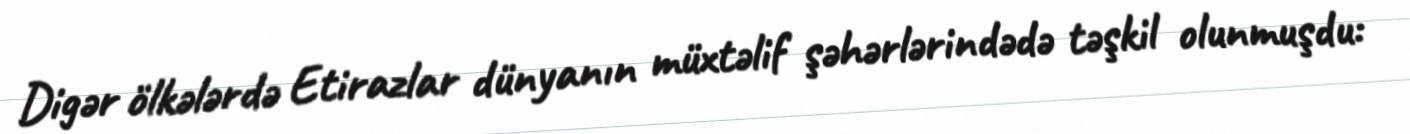
Digər ölkələrdə Etirazlar dünyanın müxtəlif şəhərlərindədə təşkil olunmuşdu: